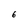
Character: 6